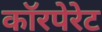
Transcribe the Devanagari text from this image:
काॅरपेरेट